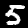
Label: 5